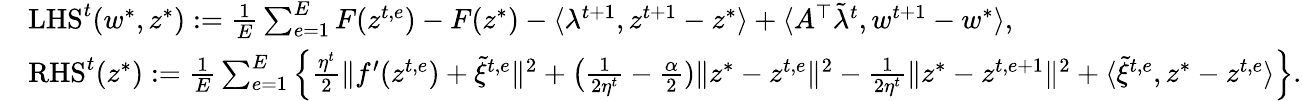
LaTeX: \begin{array}{rl}&{\mathrm{LHS}^{t}(w^{*},z^{*}):=\frac{1}{E}\sum_{e=1}^{E}F(z^{t,e})-F(z^{*})-\langle\lambda^{t+1},z^{t+1}-z^{*}\rangle+\langle A^{\top}\tilde{\lambda}^{t},w^{t+1}-w^{*}\rangle,}\\ &{\mathrm{RHS}^{t}(z^{*}):=\frac{1}{E}\sum_{e=1}^{E}\Big\{ \frac{\eta^{t}}{2}\| f^{\prime}(z^{t,e})+\tilde{\xi}^{t,e}\| ^{2}+\big(\frac{1}{2\eta^{t}}-\frac{\alpha}{2})\| z^{*}-z^{t,e}\| ^{2}-\frac{1}{2\eta^{t}}\| z^{*}-z^{t,e+1}\| ^{2}+\langle\tilde{\xi}^{t,e},z^{*}-z^{t,e}\rangle\Big\} .}\end{array}